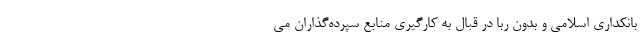
بانکداری اسلامی و بدون ربا در قبال به کارگیری منابع سپرده‌گذاران می